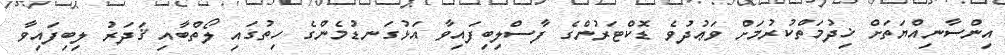
އިންސާނިއްޔަތަށް ޚިދުމަތްކުރުމަށް ވަޢުދުވެ ޑޮކްޓަރުންގެ ފާސްލިބިފައިވާ އަޅުގަނޑުމެންގެ ހިތުގައި ލޯތްބާއި ޤަދަރު ލިބިފައިވާ